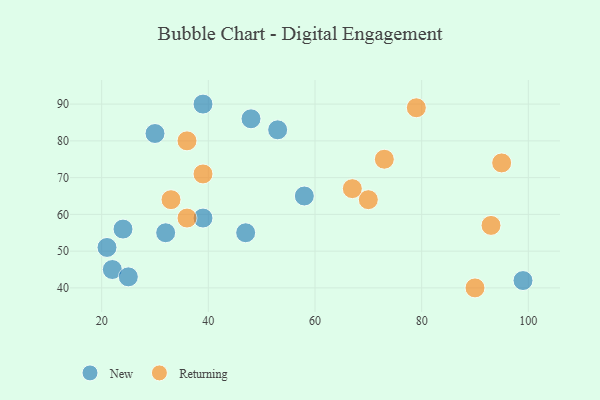
{"axis": {"x": "GDP", "y": "Life Expectancy"}, "legend": ["New", "Returning"], "data": [{"x": "47", "y": 55, "type": "New"}, {"x": "32", "y": 55, "type": "New"}, {"x": "30", "y": 82, "type": "New"}, {"x": "22", "y": 45, "type": "New"}, {"x": "99", "y": 42, "type": "New"}, {"x": "53", "y": 83, "type": "New"}, {"x": "21", "y": 51, "type": "New"}, {"x": "39", "y": 59, "type": "New"}, {"x": "48", "y": 86, "type": "New"}, {"x": "39", "y": 90, "type": "New"}, {"x": "25", "y": 43, "type": "New"}, {"x": "58", "y": 65, "type": "New"}, {"x": "24", "y": 56, "type": "New"}, {"x": "73", "y": 75, "type": "Returning"}, {"x": "90", "y": 40, "type": "Returning"}, {"x": "70", "y": 64, "type": "Returning"}, {"x": "93", "y": 57, "type": "Returning"}, {"x": "79", "y": 89, "type": "Returning"}, {"x": "39", "y": 71, "type": "Returning"}, {"x": "67", "y": 67, "type": "Returning"}, {"x": "33", "y": 64, "type": "Returning"}, {"x": "95", "y": 74, "type": "Returning"}, {"x": "36", "y": 80, "type": "Returning"}, {"x": "36", "y": 59, "type": "Returning"}]}